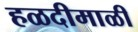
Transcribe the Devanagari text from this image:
हळदीमाळी